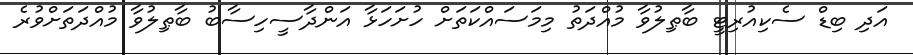
އަދި ބިޑް ސެކިއުރިޓީ ބާޠިލުވާ މުއްދަތު މިމަސައްކަތަށް ހުށަހަޅާ އަންދާސީހިސާބު ބާޠިލުވާ މުއްދަތަށްވުރެ